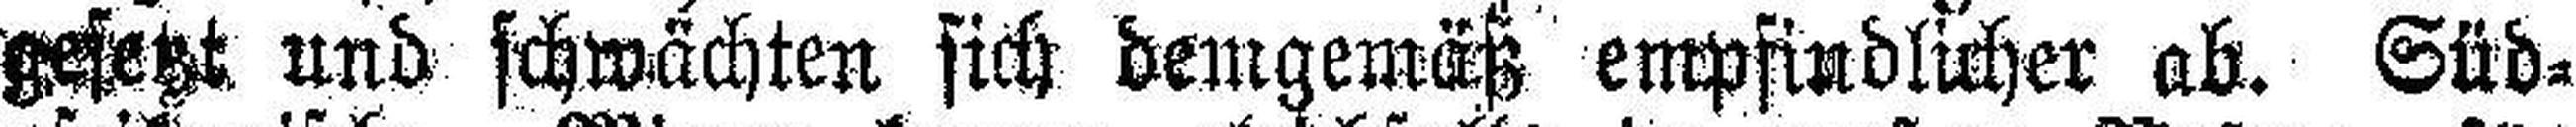
gesetzt und schwächten sich demgemäß empfindlicher ab. Süd¬